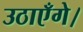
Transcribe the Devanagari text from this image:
उठाएँगे।